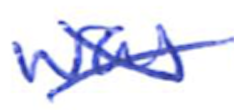
Text: was
Cross-out: mix
Writing tool: ballpoint